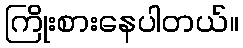
ကြိုးစားနေပါတယ်။